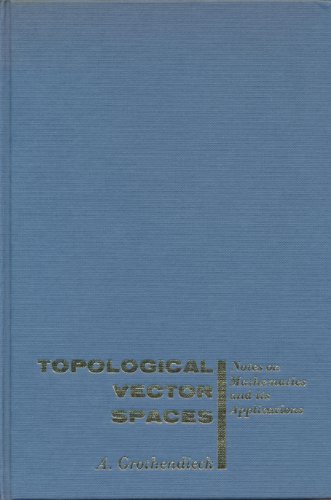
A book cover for Topological Vector Spaces; A. Grothendieck; Science & Math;